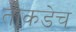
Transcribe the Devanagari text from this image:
तोकडेच